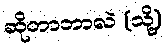
ဆိုတာဘာလဲ (သို့)